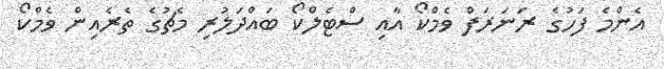
އެންމެ ފަހުގެ ރަނަރަފް ވެމްކޯ އާއި ސްޓެލްކޯ ބައްދަލުރި މެޗުގެ ތެރެއިން ވެމްކޯ